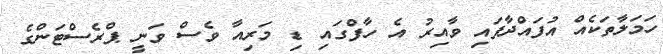
ހަމަލާތަކެއް އުފައްދާފައި ވާއިރު އެ ހާފްގައި ޑި މަރިއާ ވެސް ވަނީ ޕްރެސްޓަންގެ